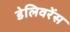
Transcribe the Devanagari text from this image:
डेलिवरेंस